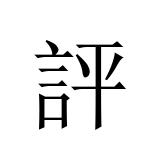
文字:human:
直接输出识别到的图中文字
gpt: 評